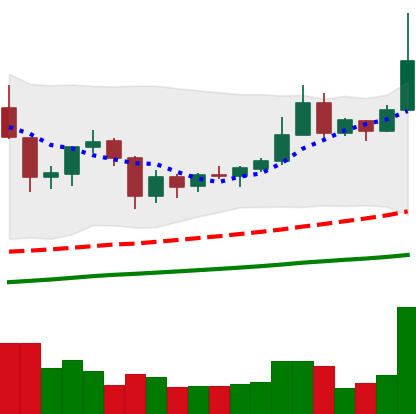
Ticker: XRP-USD
Chart end date: 2019-06-22
Forward return: -13.904%
Label: down_7plus